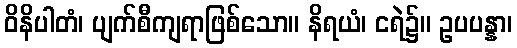
ဝိနိပါတံ၊ ပျက်စီကျရာဖြစ်သော။ နိရယံ၊ ငရဲ၌။ ဥပပန္နာ၊